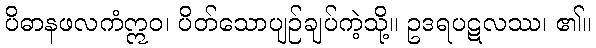
ပိဓာနဖလကံဣဝ၊ ပိတ်သောပျဉ်ချပ်ကဲ့သို့။ ဥဒရပဋလဿ၊ ၏။